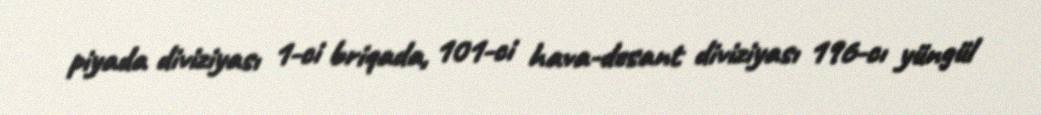
piyada diviziyası 1-ci briqada, 101-ci hava-desant diviziyası 196-cı yüngül